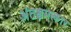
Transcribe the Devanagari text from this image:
अंतश्चमत्कार